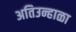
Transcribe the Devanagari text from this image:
अतिउन्हाळा